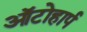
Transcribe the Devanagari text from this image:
ऑटोहार्प